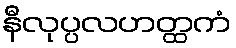
နီလုပ္ပလဟတ္ထကံ